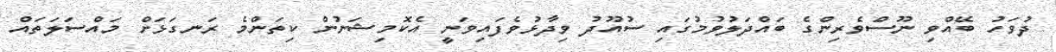
ދުވަހު ބޭއްވި ނޫސްވެރިންގެ ބައްދަލުވުމުގައި ސުއޫދު ވިދާޅުވެފައިވަނީ އެކޮމިޝަނުން ކިތަންމެ ރަނގަޅަށް މައްސަލަތައް